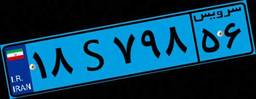
۱۸S۷۹۸۵۶